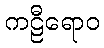
ကဠီရောဝ